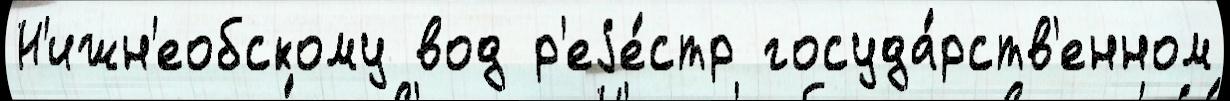
Н'ижн'еобскому вод р'еjе́стр госуда́рств'енном